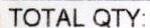
TOTAL QTY: